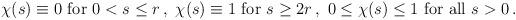
LaTeX: \begin{align*}\begin{aligned}\chi (s) \equiv 0 \textrm{ for } 0 < s \leq r \,, \ \chi (s) \equiv 1 \textrm{ for } s \geq 2 r \,, \ 0 \leq \chi (s) \leq 1 \textrm{ for all } s > 0 \,.\end{aligned}\end{align*}